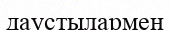
даустылармен